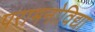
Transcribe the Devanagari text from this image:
परामनोविद्या